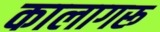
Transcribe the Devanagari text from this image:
कालागरू